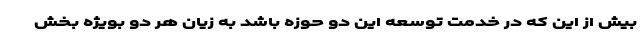
بیش از این که در خدمت توسعه این دو حوزه باشد به زیان هر دو بویژه بخش